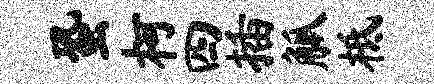
蛩柯四插觚柢